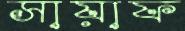
সায়াফ